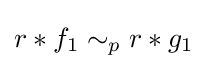
r*f_{1}\sim _{p}r*g_{1}